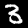
Digit: 3